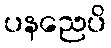
ပနညေပိ